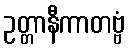
ဥတ္တာနီကာတဗ္ဗံ